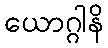
ယောဂ္ဂါနိ